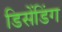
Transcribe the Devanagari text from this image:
डिसेंडिंग